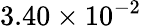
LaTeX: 3.40\times 10^{-2}